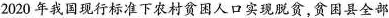
2020年我国现行标准下农村贫困人口实现脱贫，贫困县全部